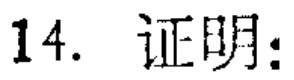
14. 证明：